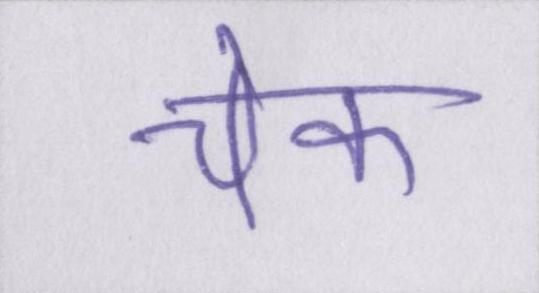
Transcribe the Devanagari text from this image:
चेक